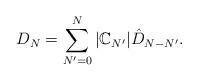
LaTeX: \begin{align*}D_N=\sum_{N'=0}^{N} |\mathbb{C}_{N'}| \hat D_{N-N'}.\end{align*}